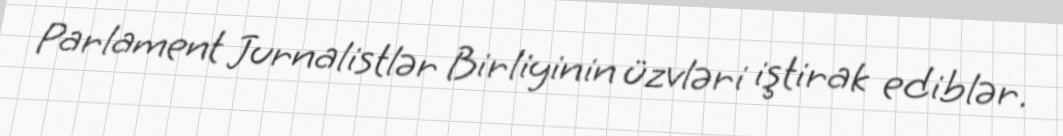
Parlament Jurnalistlər Birliyinin üzvləri iştirak ediblər.